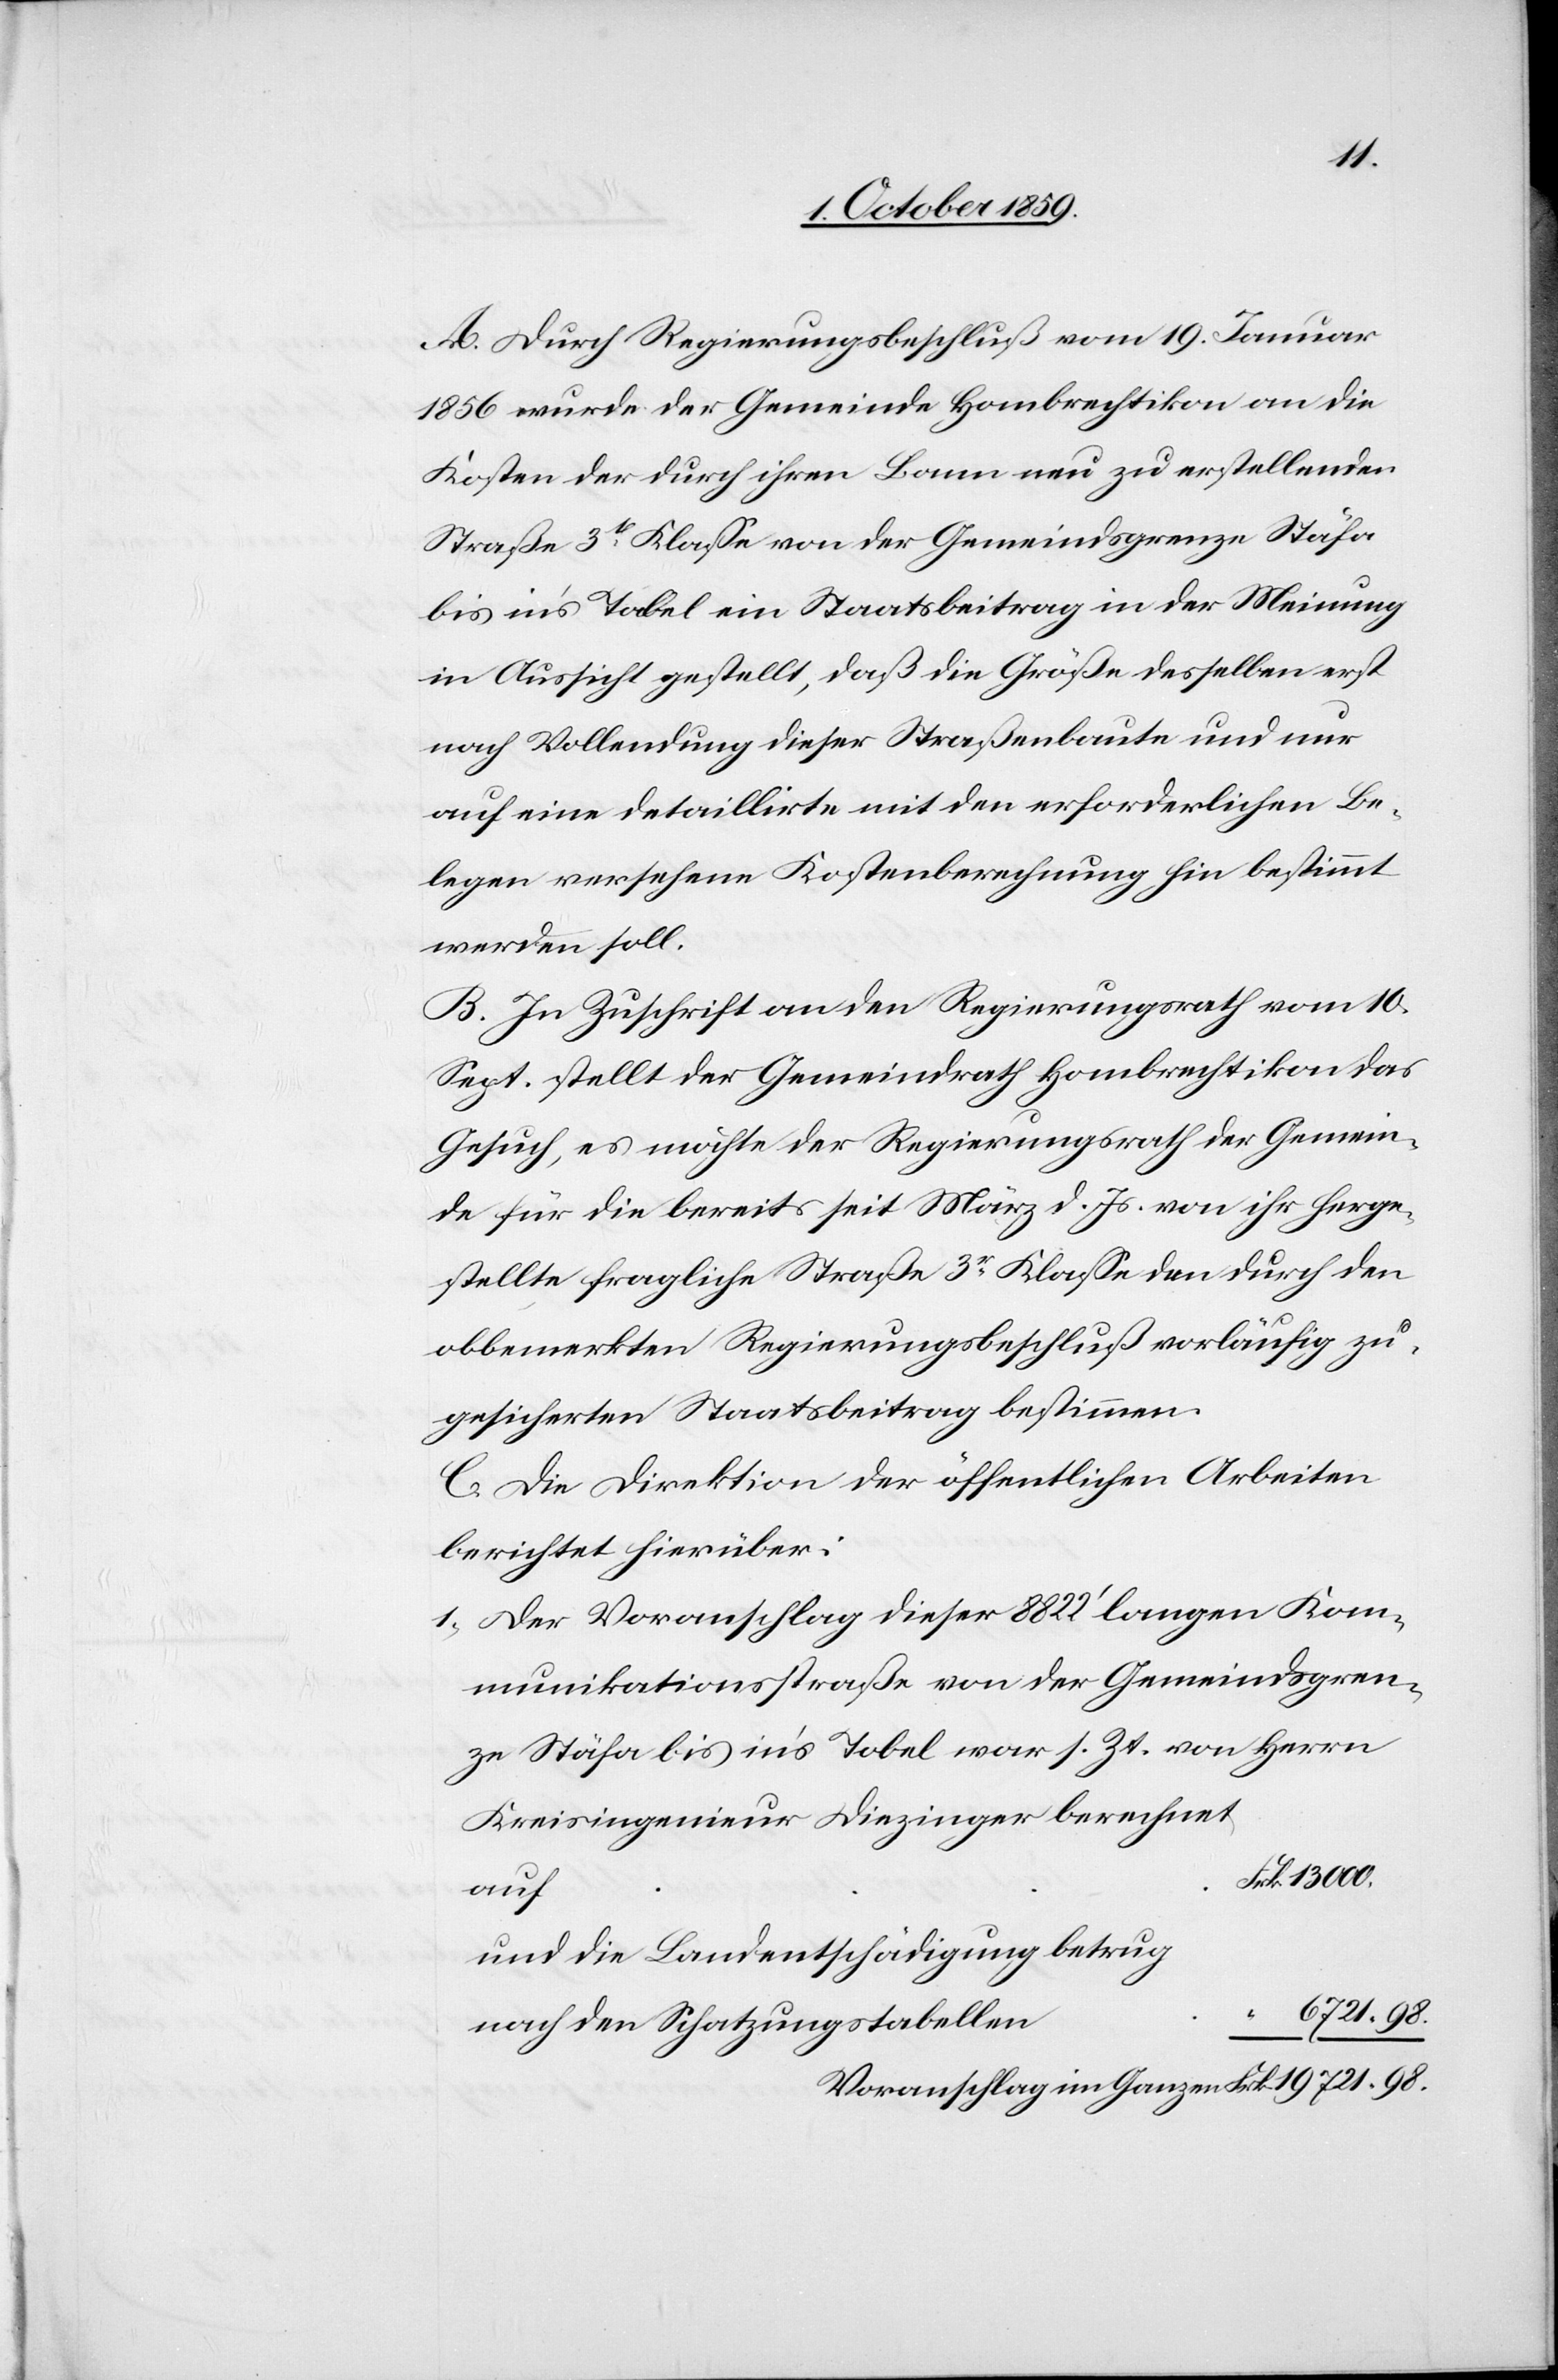
A. Durch Regierungsbeschluß vom 19. Januar
1856 wurde der Gemeinde Hombrechtikon an die
Kosten der durch ihren Bann nun zu erstellenden
Straße 3t[er] Klasse von der Gemeindsgrenze Stäfa
bis in's Tobel ein Staatsbeitrag in der Meinung
in Aussicht gestellt, daß die Größe desselben erst
nach Vollendung dieser Straßenbaute und nur
auf eine detaillirte mit den erforderlichen Be¬
legen versehene Kostenberechnung hin bestimmt
werden soll.
B. In Zuschrift an den Regierungsrath vom 10.
Sept. stellt der Gemeindrath Hombrechtikon das
Gesuch, es möchte der Regierungsrath der Gemein¬
de für die bereits seit März d. Js. von ihr herge¬
stellte fragliche Straße 3r Klasse den durch den
obbemerkten Regierungsbeschluß vorläufig zu¬
gesicherten Staatsbeitrag bestimmen.
C. Die Direktion der öffentlichen Arbeiten
berichtet hierüber:
1. Der Voranschlag dieser 8822' langen Kom¬
munikationsstraße von der Gemeindsgren¬
ze Stäfa bis in's Tobel war s. Zt. von Herrn
Kreisingenieur Diezinger berechnet
Frk. 13 000,
auf
und die Landentschädigung betrug
19'721.98.
Frk.
nach den Schatzungstabellen
im Ganzen